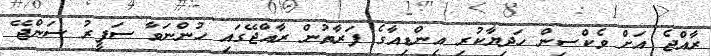
ރާއްޖެ އަށް ވެކްސިން ހަދިޔާކުރި އިންޑިއާގެ ފަރާތުން ރާއްޖޭގައި ހުންނަވާ ސަފީރު ސަންޖޭ